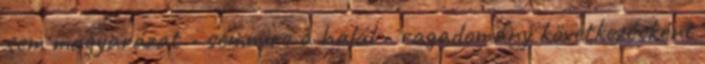
sem magyarázat - semmire a halál - ragadomány következésként